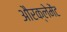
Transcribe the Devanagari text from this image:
औरक्लेमेंट